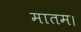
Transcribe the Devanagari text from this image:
मातम।